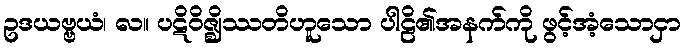
ဥဒယဗ္ဗယံ၊ လ။ ပဋိဝိဇ္ဈိဿတိဟူသော ပါဠိ၏အနက်ကို ဖွင့်အံ့သောငှာ